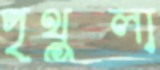
পৃথুলা